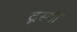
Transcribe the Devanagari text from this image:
दृस्थी